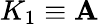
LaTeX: K_{1}\equiv\mathbf{A}